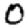
Digit: 0